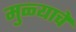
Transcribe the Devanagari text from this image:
मुळ्याचे